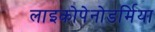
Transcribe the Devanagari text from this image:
लाइकोपेनोडर्मिया